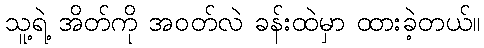
သူ့ရဲ့ အိတ်ကို အဝတ်လဲ ခန်းထဲမှာ ထားခဲ့တယ်။